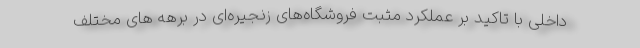
داخلی با تاکید بر عملکرد مثبت فروشگاه‌های زنجیره‌ای در برهه های مختلف